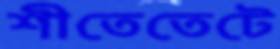
শীতেতেটে